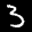
Label: 3